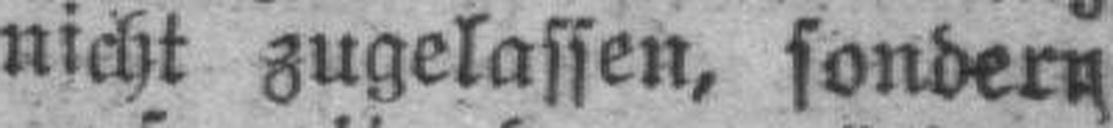
nicht zugelassen, sondern